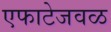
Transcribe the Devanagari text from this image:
एफाटेजवळ